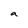
Character: a